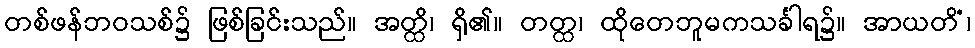
တစ်ဖန်ဘဝသစ်၌ ဖြစ်ခြင်းသည်။ အတ္ထိ၊ ရှိ၏။ တတ္ထ၊ ထိုတေဘူမကသင်္ခါရ၌။ အာယတိံ၊